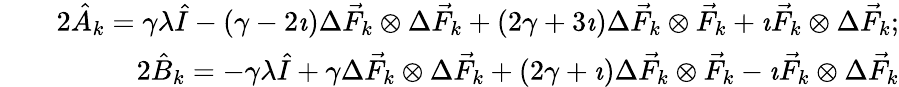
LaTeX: \begin{array}{rlr}&{}&{2\hat{A}_{k}=\gamma\lambda\hat{I}-(\gamma-2\imath)\Delta\vec{F}_{k}\otimes\Delta\vec{F}_{k}+(2\gamma+3\imath)\Delta\vec{F}_{k}\otimes\vec{F}_{k}+\imath\vec{F}_{k}\otimes\Delta\vec{F}_{k};}\\ &{}&{2\hat{B}_{k}=-\gamma\lambda\hat{I}+\gamma\Delta\vec{F}_{k}\otimes\Delta\vec{F}_{k}+(2\gamma+\imath)\Delta\vec{F}_{k}\otimes\vec{F}_{k}-\imath\vec{F}_{k}\otimes\Delta\vec{F}_{k}}\end{array}